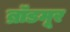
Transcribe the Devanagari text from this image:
ब्रॉडमूर